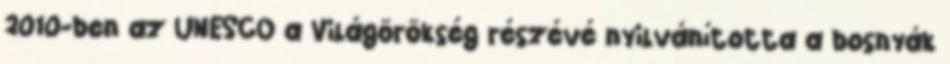
2010-ben az UNESCO a Világörökség részévé nyilvánította a bosnyák